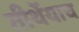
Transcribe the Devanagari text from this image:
तीर्थेयाच